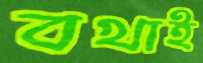
বখাই